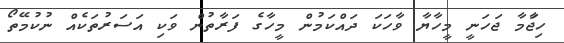
ހިޖާަމާ ޖަހަނީ މީހާޔާ ވާހަކަ ދައްކަމުން މީހާގެ ފަރާތުން ވަކި އަސަރުތަކެއް ނުކުމޭތޯ